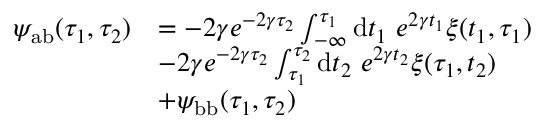
\begin{array} { r l } { \psi _ { \mathrm { a b } } ( \tau _ { 1 } , \tau _ { 2 } ) } & { = - 2 \gamma e ^ { - 2 \gamma \tau _ { 2 } } \int _ { - \infty } ^ { \tau _ { 1 } } \mathrm { d } t _ { 1 } ~ e ^ { 2 \gamma t _ { 1 } } \xi ( t _ { 1 } , \tau _ { 1 } ) } \\ & { - 2 \gamma e ^ { - 2 \gamma \tau _ { 2 } } \int _ { \tau _ { 1 } } ^ { \tau _ { 2 } } \mathrm { d } t _ { 2 } ~ e ^ { 2 \gamma t _ { 2 } } \xi ( \tau _ { 1 } , t _ { 2 } ) } \\ & { + \psi _ { \mathrm { b b } } ( \tau _ { 1 } , \tau _ { 2 } ) } \end{array}